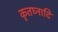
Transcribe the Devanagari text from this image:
कृतघ्नादि